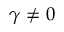
\gamma \neq 0